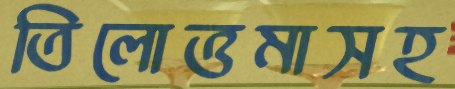
তিলোত্তমাসহ